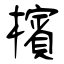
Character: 檳